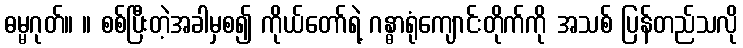
ဓမ္မဂုတ်။ ။ စစ်ပြီးတဲ့အခါမှစ၍ ကိုယ်တော်ရဲ့ ဂန္ဓာရုံကျောင်းတိုက်ကို အသစ် ပြန်တည်သလို